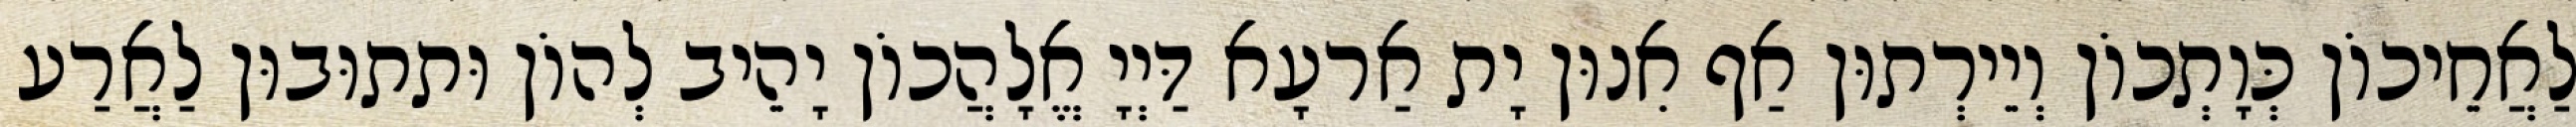
לַאֲחֵיכוֹן כְּוָתְכוֹן וְיֵירְתוּן אַף אִנוּן יָת אַרעָא דַּיְיָ אֱלָהֲכוֹן יָהֵיב לְהוֹן וּתתוּבוּן לַאֲרַע